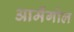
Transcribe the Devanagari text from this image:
आर्मेगोल